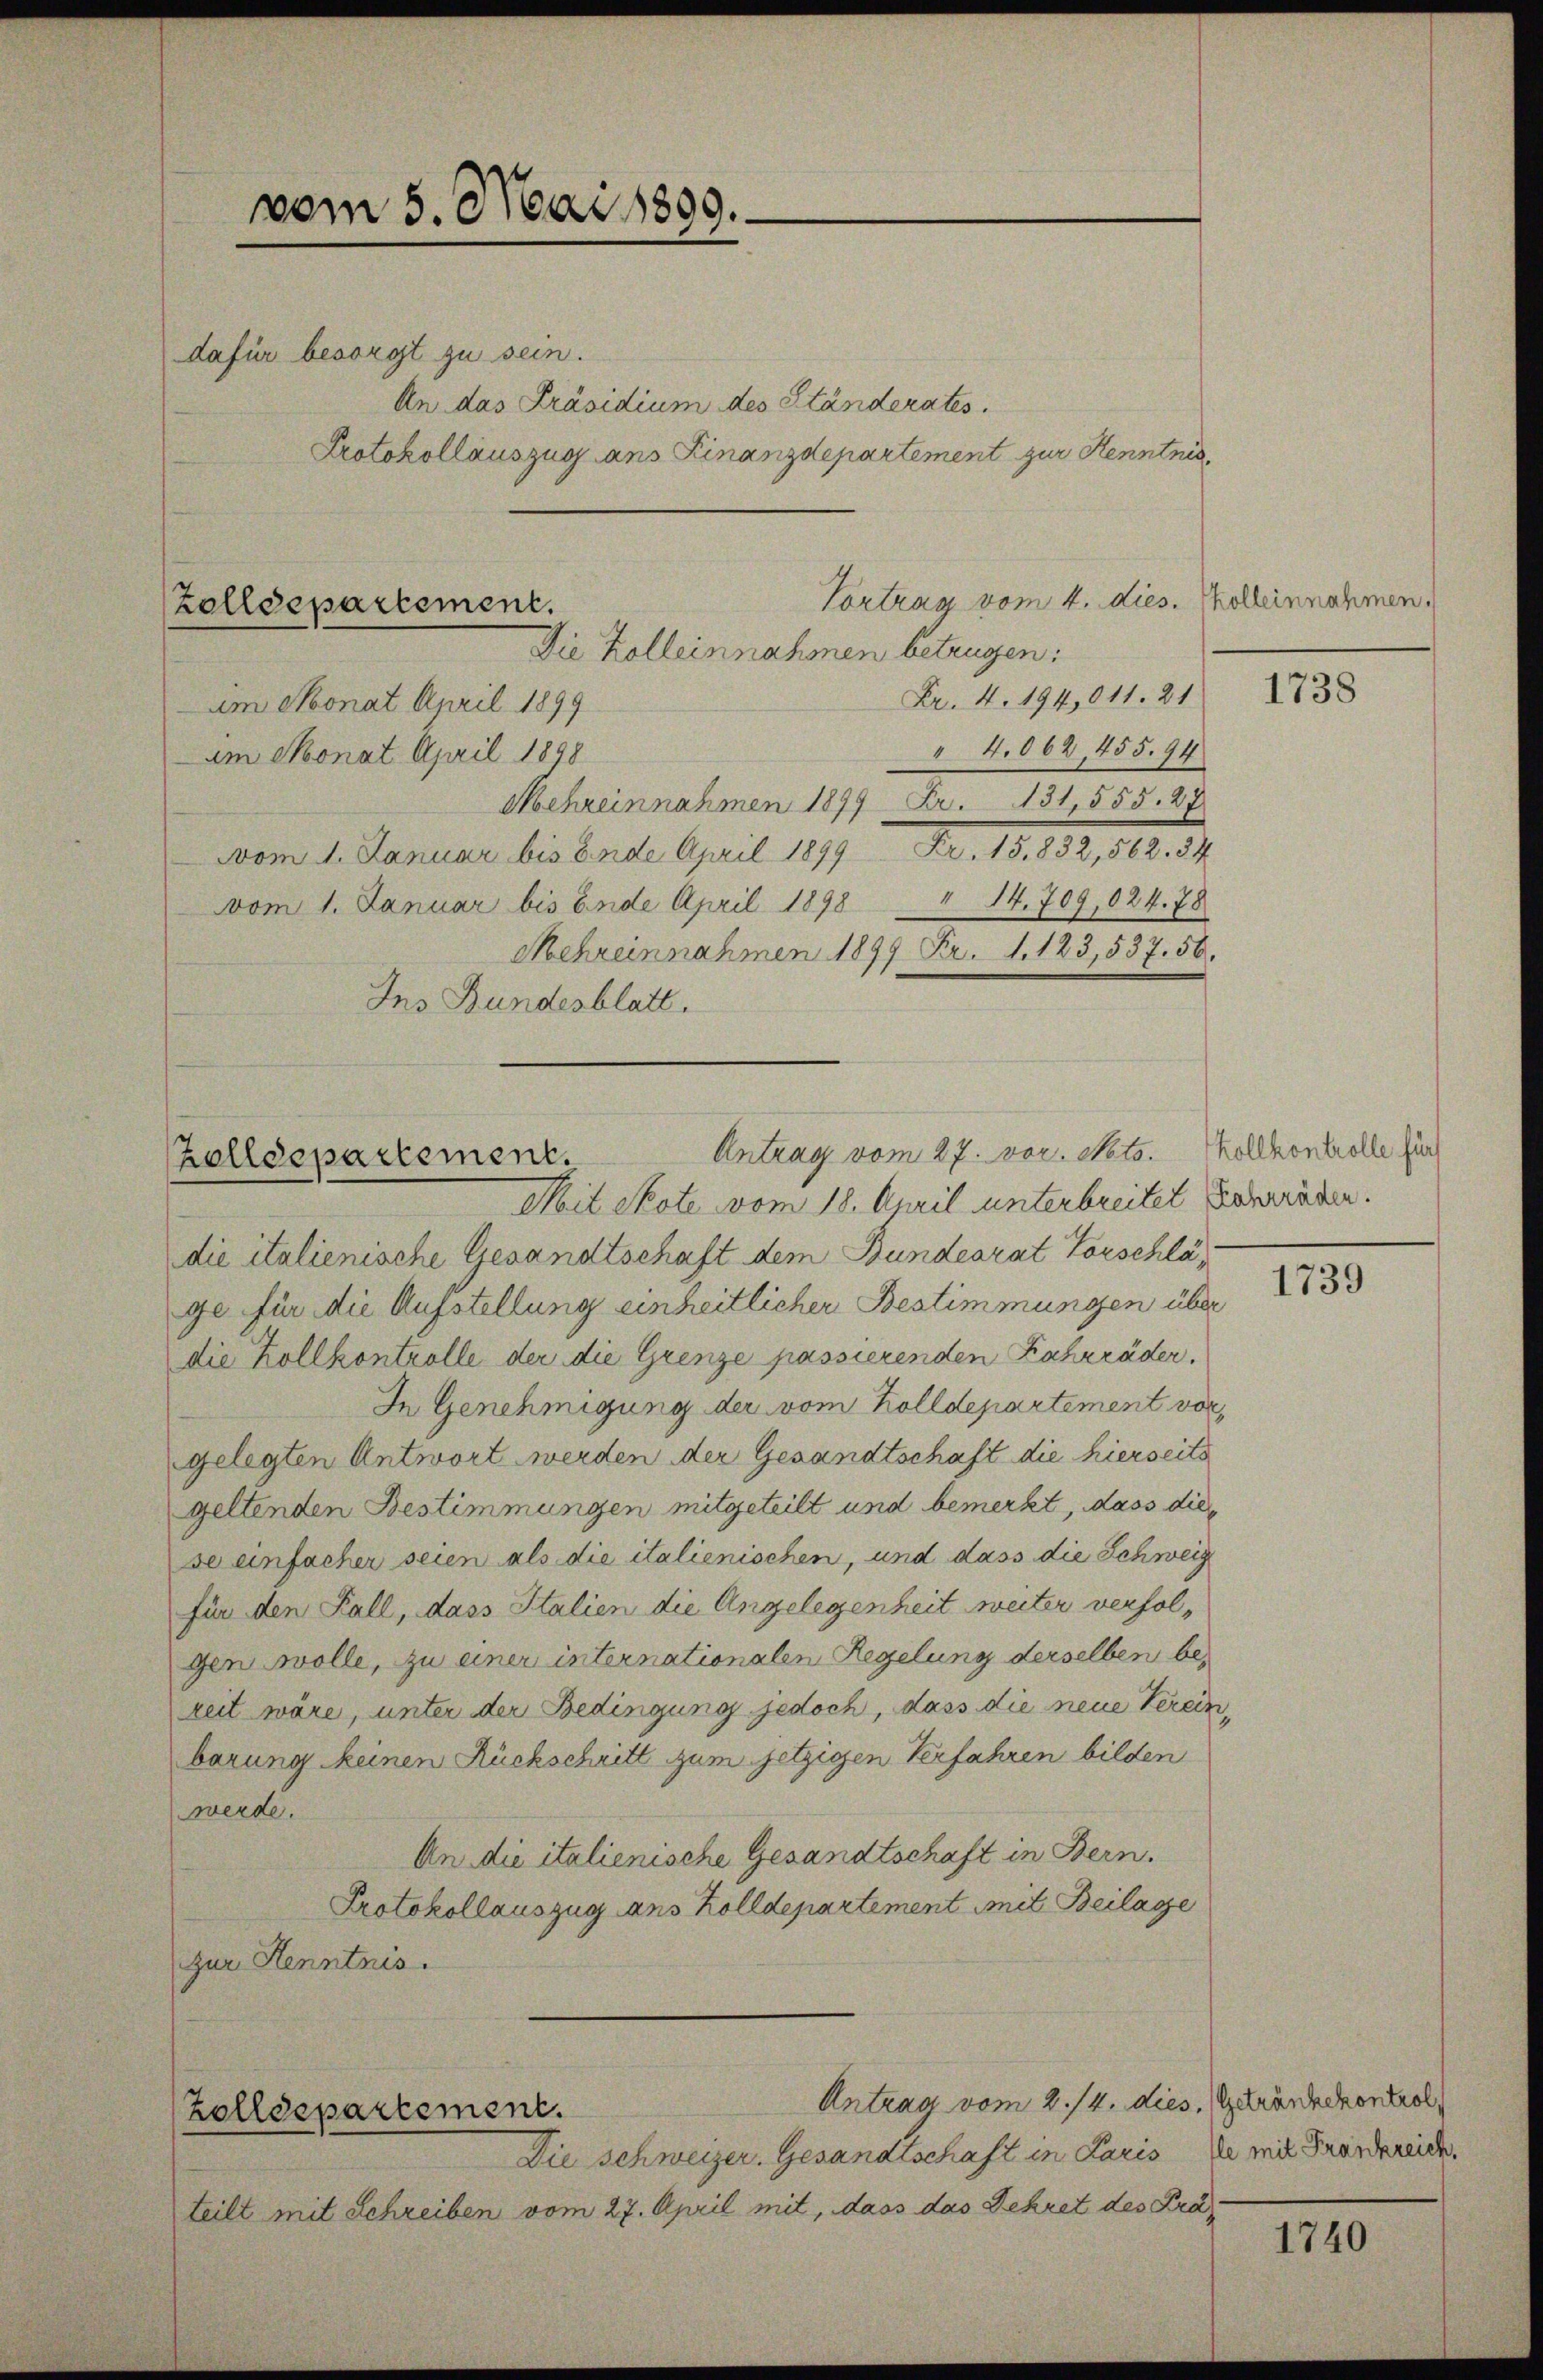
dafür besorgt zu sein.

vom 5. Mai 1899.

" 4.062, 455. 94
am Monat April 1898
Mehreinnahmen 1899 Fr. 131,555. 27.
vom 1. Januar bis Ende April 1899 Fr. 15. 832, 562. 34
" 14. 709, 024. 78
vom 1. Januar bis Ende April 1898
Mehreinnahmen 1899 Fr. 1. 123,537. 56.
Ins Bundesblatt.

Vortrag vom 4. dies. Solleinnahmen.
Zolldepartement.
Die Zolleinnahmen betrügen:
Fr. 4. 194,011. 21
im Monat April 1899

Zolldepartement.
Mit Kote vom 18. April unterbreitet Berräder.

An das Präsidium des Ständerates.
Protokollauszug ans Finanzdepartement zur Kenntnis

Zolldepartement.

die italienische Gesandtschaft dem Bundesrat Vorschläge für die Aufstellung einheitlicher Bestimmungen über
die Zollkontrolle der die Grenze passierenden Fahrräder.
In Genehmigung der vom Zolldepartement vorgelegten Antwort werden der Gesandtschaft die hierseits
geltenden Bestimmungen mitgeteilt und bemerkt, dass diese einfacher seien als die italienischen, und dass die Schweig
für den Fall, dass Italien die Angelegenheit weiter verfolgen solle, zu einer internationalen Regelung derselben bezeit wäre, unter der Bedingung jedoch, dass die neue Verein
barung keinen Rückschritt zum jetzigen Verfahren bilden
werde.
An die italienische Gesandtschaft in Bern.
Protokollauszug aus Zolldepartement mit Beilasse
zur Kenntnis.

Die Schweizer. Gesandtschaft in Paris
teilt mit Schreiben vom 27. April mit, dass das Dekret des Prä¬

Antrag vom 2./4. dies, Getränckontrol

Antrag vom 27. vor. Mts. Vollkontrolle für

1738

1739

lle mit Frankreich.

1740